Civil Veterinary Dept. Assam report 1911-1927 - 1911-1927
Year: 1911
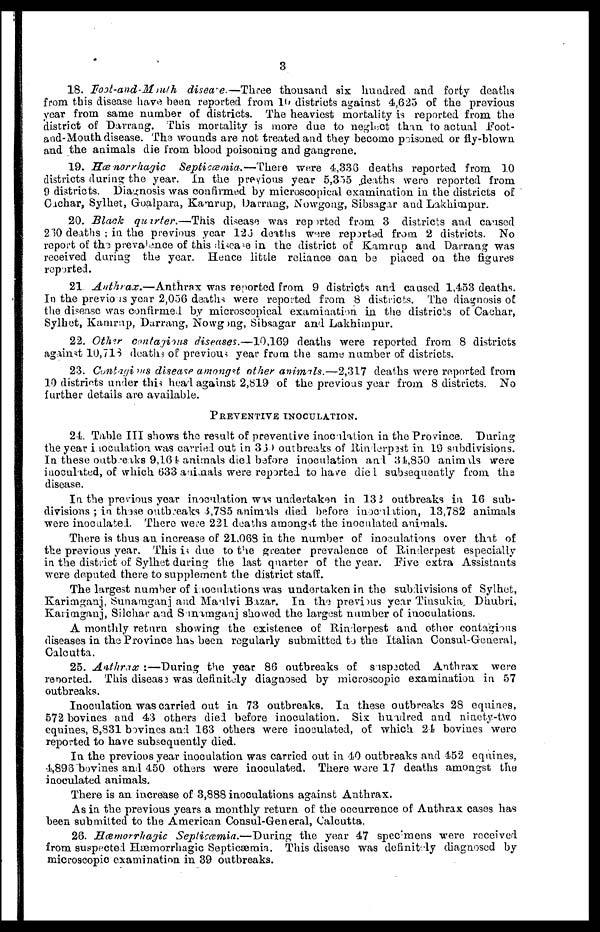
3
18. Foot-and-Muth disease.—Three
thousand six hundred and forty deaths
from this disease have been reported from 10 districts against 4,625 of the previous
year from same number of districts. The heaviest mortality is reported from the
district of Darrang. This mortality is more due to neglect than to actual Foot-
and-Mouth disease. The wounds are not treated and they become poisoned or fly-blown
and the animals die from blood poisoning and gangrene.
19. Hæmorrhagic
Septicæmia.—There
were 4,336 deaths reported from 10
districts during the year. In the previous year 5,355 deaths were reported from
9 districts. Diagnosis was confirmed by microscopical examination in the districts of
Cachar, Sylhet, Goalpara, Kamrup, Darrang, Nowgong, Sibsagar and Lakhimpur.
20. Black
quirter.—This
disease was reported from 3 districts and caused
260 deaths ; in the previous year 126 deaths were reported from 2 districts. No
report of the prevalence of this disease in the district of Kamrup and Darrang was
received during the year. Hence little reliance can be piaced on the figures
reported.
21. Anthrax.—Anthrax
was reported from 9 districts and caused 1,453 deaths.
In the previous year 2,056 deaths were reported from 8 districts. The diagnosis of
the disease was confirmed by microscopical examination in the districts of Cachar,
Sylhet, Kamrup, Darrang, Nowgong, Sibsagar and Lakhimpur.
22. Other contagious diseases.—10,169
deaths were reported from 8 districts
against 10,718 deaths of previous year from the same number of districts.
23. Contagious disease amongst other animials.—2,317 deaths were reported from
10 districts under this head against 2,819 of the previous year from 8 districts. No
further details are available.
PREVENTIVE INOCULATION.
24. Table III shows the result of preventive inoculation in the Province. During
the year inoculation was carried out in 360 outbreaks of Rinderpast in 19 subdivisions.
In these outbreaks 9,164 animals died before inoculation and 34,850 animals were
inoculated, of which 633 animals were reported to have died subsequently from the
disease.
In the previous year inoculation was undertaken in 13 3 outbreaks in 16 sub-
divisions ; in these outbreaks 3,785 animals died before inoculation, 13,782 animals
were inoculated. There were 221 deaths amongst the inoculated animals.
There is thus an increase of 21,068 in the number of inoculations over that of
the previous year. This is due to the greater prevalence of Rinderpest especially
in the district of Sylhet during the last quarter of the year. Five extra Assistants
were deputed there to supplement the district staff.
The largest number of inoculations was undertaken in the subdivisions of Sylhet,
Karimganj, Sunaniganj and Maulvi Bazar. In the previous year Tinsukia, Dhubri,
Karimganj, Silchar and Samamganj showed the largest number of inoculations.
A monthly return showing the existence of Rinderpest and other contagious
diseases in the Province has been regularly submitted to the Italian Consul-General,
Calcutta.
25. Anthrax :—During the year 86 outbreaks of suspected Anthrax were
reported. This diseass was definitely diagnosed by microscopic examination in 57
outbreaks.
Inoculation was carried out in 73 outbreaks. In these outbreaks 28 equities,
572 bovines and 43 others died before inoculation. Six hundred and ninety-two
equities, 8,831 bovines and 163 others were inoculated, of which 24 bovines were
reported to have subsequently died.
In the previous year inoculation was carried out in 40 outbreaks and 452 equines,
4,896 bovines and 450 others were inoculated. There were 17 deaths amongst the
inoculated animals.
There is an increase of 3,888 inoculations against Anthrax.
As in the previous years a monthly return of the occurrence of Anthrax cases has
been submitted to the American Consul-General, Calcutta.
26. Hæmorrhagic
Septicæmia.—During
the year 47 spec : mens were received
from suspected Hæmorrhagic Septicæmia. This disease was definitely diagnosed by
microscopic examination in 39 outbreaks.